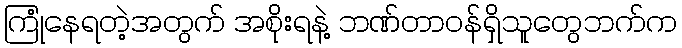
ကြုံနေရတဲ့အတွက် အစိုးရနဲ့ ဘဏ်တာဝန်ရှိသူတွေဘက်က